Vaccination report Assam 1874-1896 - 1874-1896
Year: 1874
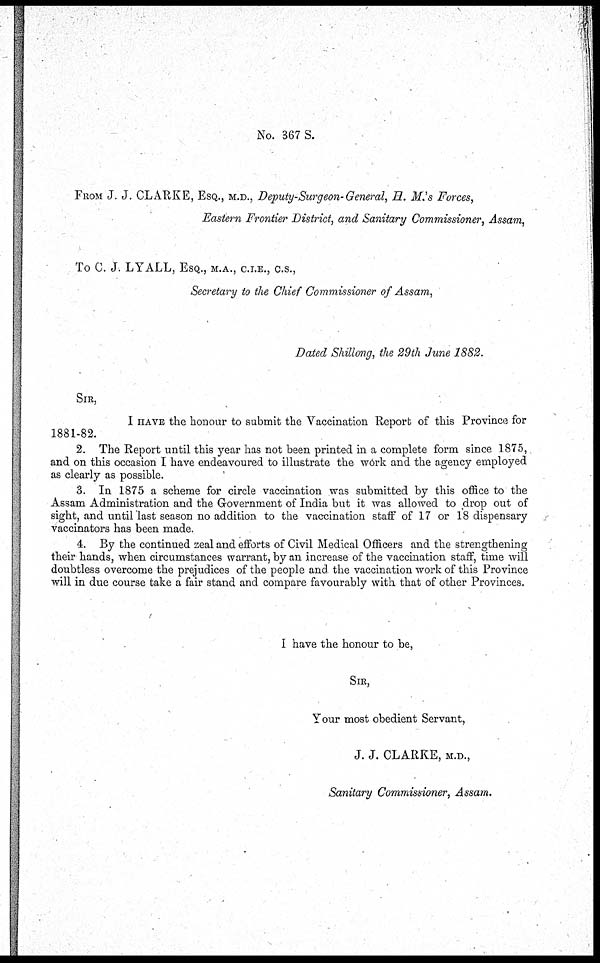
No. 367 S.
FROM J. J. CLARKE, ESQ., M.D., Deputy-Surgeon-General, H. M.'s Forces,
Eastern Frontier District, and Sanitary Commissioner, Assam,
To C. J. LYALL, ESQ., M.A., C.I.E., C.S.,
Secretary to the Chief Commissioner of Assam,
Dated Shillong, the 29th June 1882.
SIR,
I HAVE the honour to submit the Vaccination Report of this Province for
1881-82.
2. The Report until this year has not been printed in a complete form since 1875,
and on this occasion I have endeavoured to illustrate the work and the agency employed
as clearly as possible.
3. In 1875 a scheme for circle vaccination was submitted by this office to the
Assam Administration and the Government of India but it was allowed to drop out of
sight, and until last season no addition to the vaccination staff of 17 or 18 dispensary
vaccinators has been made.
4. By the continued zeal and efforts of Civil Medical Officers and the strengthening
their hands, when circumstances warrant, by an increase of the vaccination staff, time will
doubtless overcome the prejudices of the people and the vaccination work of this Province
will in due course take a fair stand and compare favourably with that of other Provinces.
I have the honour to be,
SIR,
Your most obedient Servant,
J. J. CLARKE, M.D.,
Sanitary Commissioner, Assam.